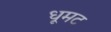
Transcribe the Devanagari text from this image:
धूमट